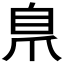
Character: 𮍕